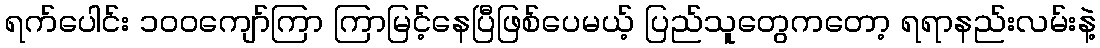
ရက်ပေါင်း ၁၀၀ကျော်ကြာ ကြာမြင့်နေပြီဖြစ်ပေမယ့် ပြည်သူတွေကတော့ ရရာနည်းလမ်းနဲ့